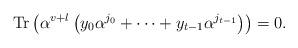
LaTeX: \begin{align*}\mathrm{Tr}\left(\alpha^{v+l}\left(y_{0} \alpha^{j_{0}}+\cdots+y_{t-1} \alpha^{j_{t-1}}\right)\right)=0.\end{align*}